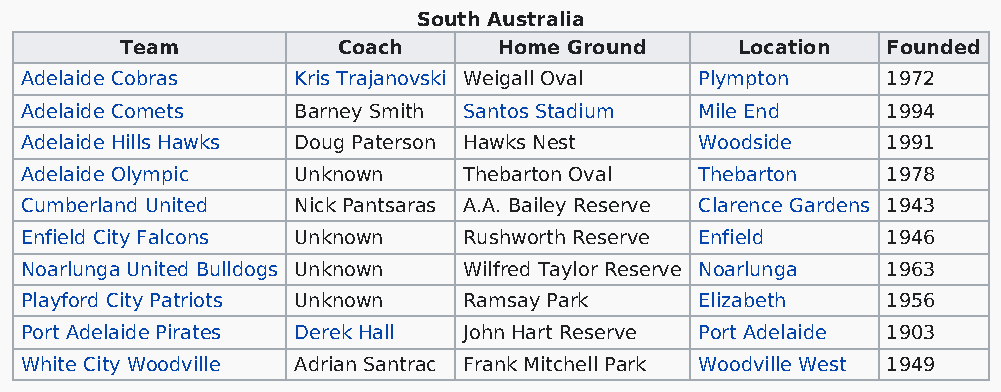
South Australia
 Team          Coach      Home Ground     Location  Founded
 Adelaide Cobras   Kris Trajanovski Weigall Oval Plympton  1972
 Adelaide Comets   Barney Smith Santos Stadium Mile End    1994
 Adelaide Hills Hawks Doug Paterson Hawks Nest Woodside    1991
 Adelaide Olympic  Unknown     Thebarton Oval Thebarton    1978
 Cumberland United Nick Pantsaras A.A. Bailey Reserve Clarence Gardens 1943
 Enfield City Falcons Unknown  Rushworth Reserve Enfield   1946
 Noarlunga United Bulldogs Unknown Wilfred Taylor Reserve Noarlunga 1963
 Playford City Patriots Unknown Ramsay Park   Elizabeth    1956
 Port Adelaide Pirates Derek Hall John Hart Reserve Port Adelaide 1903
 White City Woodville Adrian Santrac Frank Mitchell Park Woodville West 1949